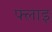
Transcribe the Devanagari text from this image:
फ्लाइ